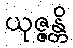
ယုဇ္ဇန္တိ